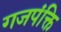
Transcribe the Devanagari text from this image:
गजपंक्ति